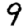
Digit: 9